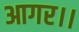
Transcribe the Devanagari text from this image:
आगर।।